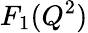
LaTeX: F_{1}(Q^{2})